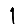
Digit: 1